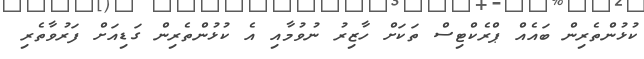
ކުޅުންތެރިން ބައެއް ޕްރެކްޓިސް ތަކަށް ހާޒިރު ނުވުމާއި އެ ކުޅުންތެރިން ގަޑިއަށް ފަރުވާތެރި